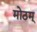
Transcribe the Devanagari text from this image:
मोठम्‌